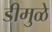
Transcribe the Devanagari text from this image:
डीमुळे